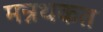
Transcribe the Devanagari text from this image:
मन्नथकत